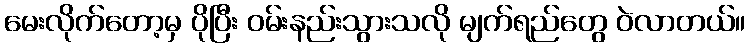
မေးလိုက်တော့မှ ပိုပြီး ဝမ်းနည်းသွားသလို မျက်ရည်တွေ ဝဲလာတယ်။